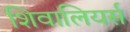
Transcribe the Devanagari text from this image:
शिवालियर्स